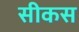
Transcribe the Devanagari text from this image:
सीकस